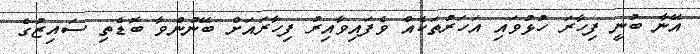
އޭނާ ބުނީ ފިހާރަ ހުޅުވައި އަހަރުތަކެއް ވެފައިވާއިރު ފިހާރައަށް ބޭނުންވާ ބޮޑެތި ސައިޒުގެ